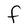
Character: F